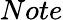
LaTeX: Note